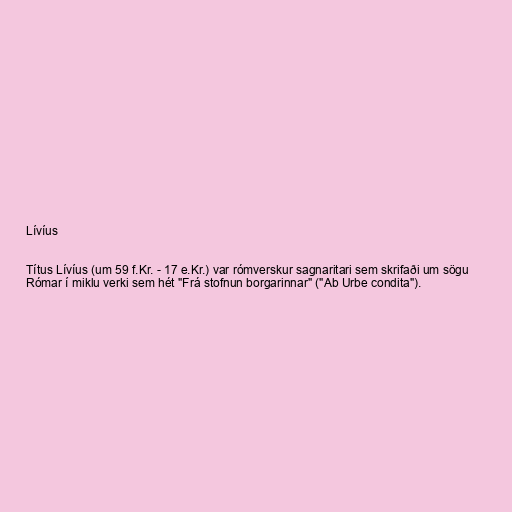
Lívíus

Títus Lívíus (um 59 f.Kr. - 17 e.Kr.) var rómverskur sagnaritari sem skrifaði um sögu
Rómar í miklu verki sem hét "Frá stofnun borgarinnar" ("Ab Urbe condita").